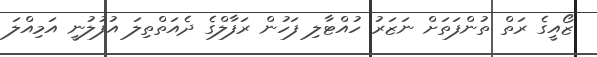
ޒޯއީގެ ރަތް ތުންފަތަށް ނަޒަރު ހުއްޓާލި ފަހުން ރަފާލްގެ ދެއަތްތިލަ އުފުލުނީ އަމިއްލަ